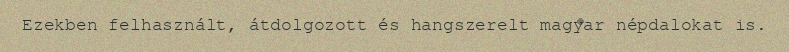
Ezekben felhasznált, átdolgozott és hangszerelt magyar népdalokat is.